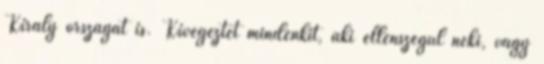
Király országát is. Kivégeztet mindenkit, aki ellenszegül neki, vagy